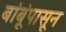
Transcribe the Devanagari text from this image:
बांबूंपासून